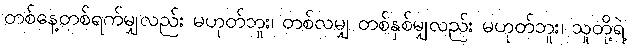
တစ်နေ့တစ်ရက်မျှလည်း မဟုတ်ဘူး၊ တစ်လမျှ တစ်နှစ်မျှလည်း မဟုတ်ဘူး၊ သူတို့ရဲ့